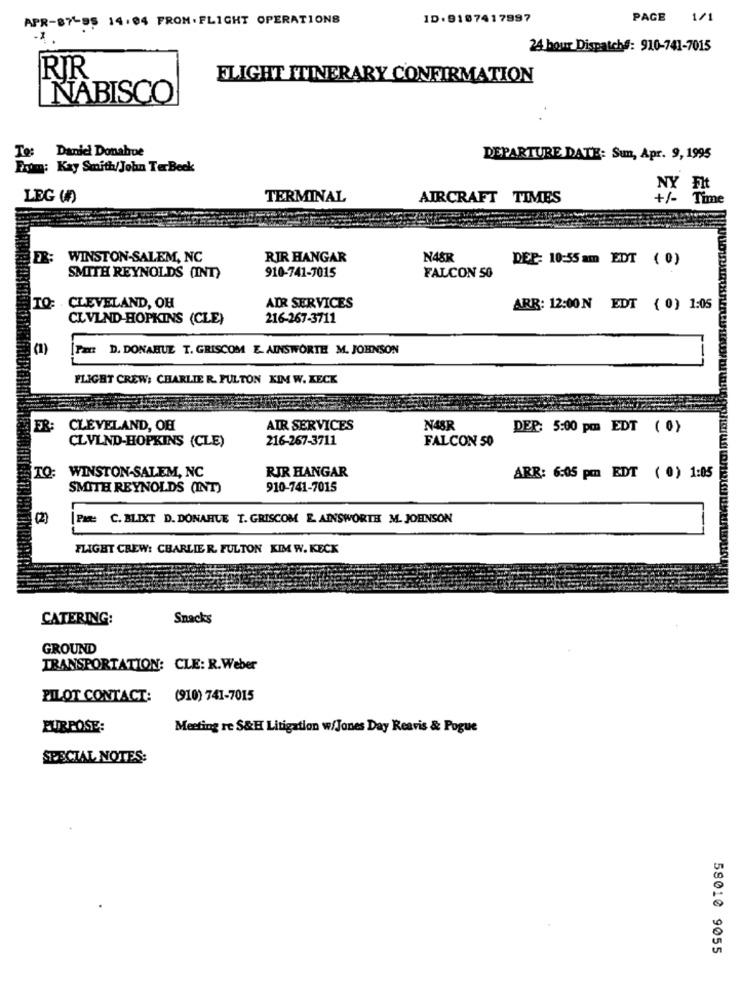
APR-87-95 14:04 FROM. FLIGHT OPERATIONS
ID: 9187417997
PAGE 1/1
-1
24 bour Dispatch#: 910-741-7015
RIR
FLIGHT ITINERARY CONFIRMATION
NABISCO
To: Daniel Donahue
DEPARTURE DATE: Sun, Apr. 9, 1995
From: Kay Smith/John TerBeck
NY Fit
LEG ()
TERMINAL
AIRCRAFT TIMES
+/- Time
WINSTON-SALEM, NC
RIR HANGAR
N48R
DEF: 10:55 am EDT ( 0)
910-741-7015
SMITH REYNOLDS (INT)
FALCON 50
TO:
CLEVELAND, OH
ADR SERVICES
ARR: 12:00N EDT ( 0) 1:05
CLVLND-HOPKINS (CLE)
216-267-3711
(1)
D. DONAHUE T. GRISCOM E. AINSWORTH M. JOHNSON
FLIGHT CREW: CHARLIE R. FULTON KIM W. KECK
FR
CLEVELAND, OH
AIR SERVICES
N48R
DER: 5:00 pm EDT (0)
216-267-3711
FALCON 50
CLVLND-HOPKINS (CLE)
WINSTON-SALEM, NC
TO:
RIR HANGAR
ARR: 6:05 pm EDT ( 0) 1:05
SMITH REYNOLDS (INT)
910-741-7015
(2)
| Page C. BLIXT D. DONAHUE T. GRISCOM E AINSWORTH M. JOHNSON
FLIGHT CREW: CHARLIE R. FULTON KIM W. KECK
CATERING:
Snacks
GROUND
TRANSPORTATION: CLE: R.Weber
PILOT CONTACT:
(910) 741-7015
PURPOSE:
Meeting re S&H Litigation w/Jones Day Reavis & Pogue
SPECIAL NOTES:
58010 9055